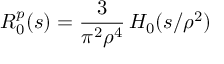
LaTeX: R _ { 0 } ^ { p } ( s ) = \frac { 3 } { \pi ^ { 2 } \rho ^ { 4 } } \, H _ { 0 } ( s / \rho ^ { 2 } )